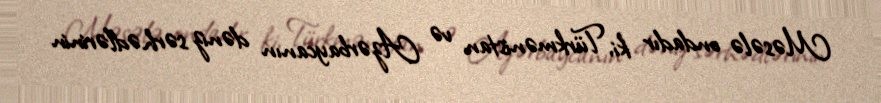
Məsələ ondadır ki, Türkmənistan və Azərbaycanın dəniz sərhədlərinin